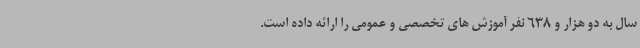
سال به دو هزار و 638 نفر آموزش های تخصصی و عمومی را ارائه داده است.